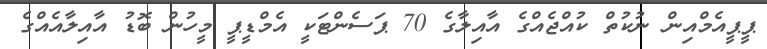
ޕީޕީއެމްއިން ނުކުތް ކުއްޖެއްގެ އާއިލާގެ 70 ޕަސެންޓަކީ އެމްޑީޕީ މީހުން ބޮޑު އާއިލާއެއްގެ